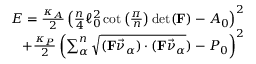
\begin{array} { r } { E = \frac { \kappa _ { A } } { 2 } \left( \frac { n } { 4 } \ell _ { 0 } ^ { 2 } \cot \left( \frac { \pi } { n } \right) \operatorname* { d e t } ( \mathbf { F } ) - A _ { 0 } \right) ^ { 2 } } \\ { + \frac { \kappa _ { P } } { 2 } \left( \sum _ { \alpha } ^ { n } \sqrt { ( \mathbf { F } \vec { \nu } _ { \alpha } ) \cdot ( \mathbf { F } \vec { \nu } _ { \alpha } } ) - P _ { 0 } \right) ^ { 2 } } \end{array}